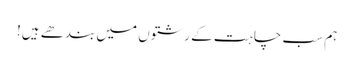
ہم سب چاہت کے رشتوں میں بندھے ہیں!